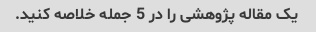
یک مقاله پژوهشی را در 5 جمله خلاصه کنید.